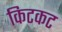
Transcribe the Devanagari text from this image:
किटकट